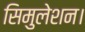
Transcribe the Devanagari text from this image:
सिमुलेशन।